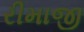
રીમાજી